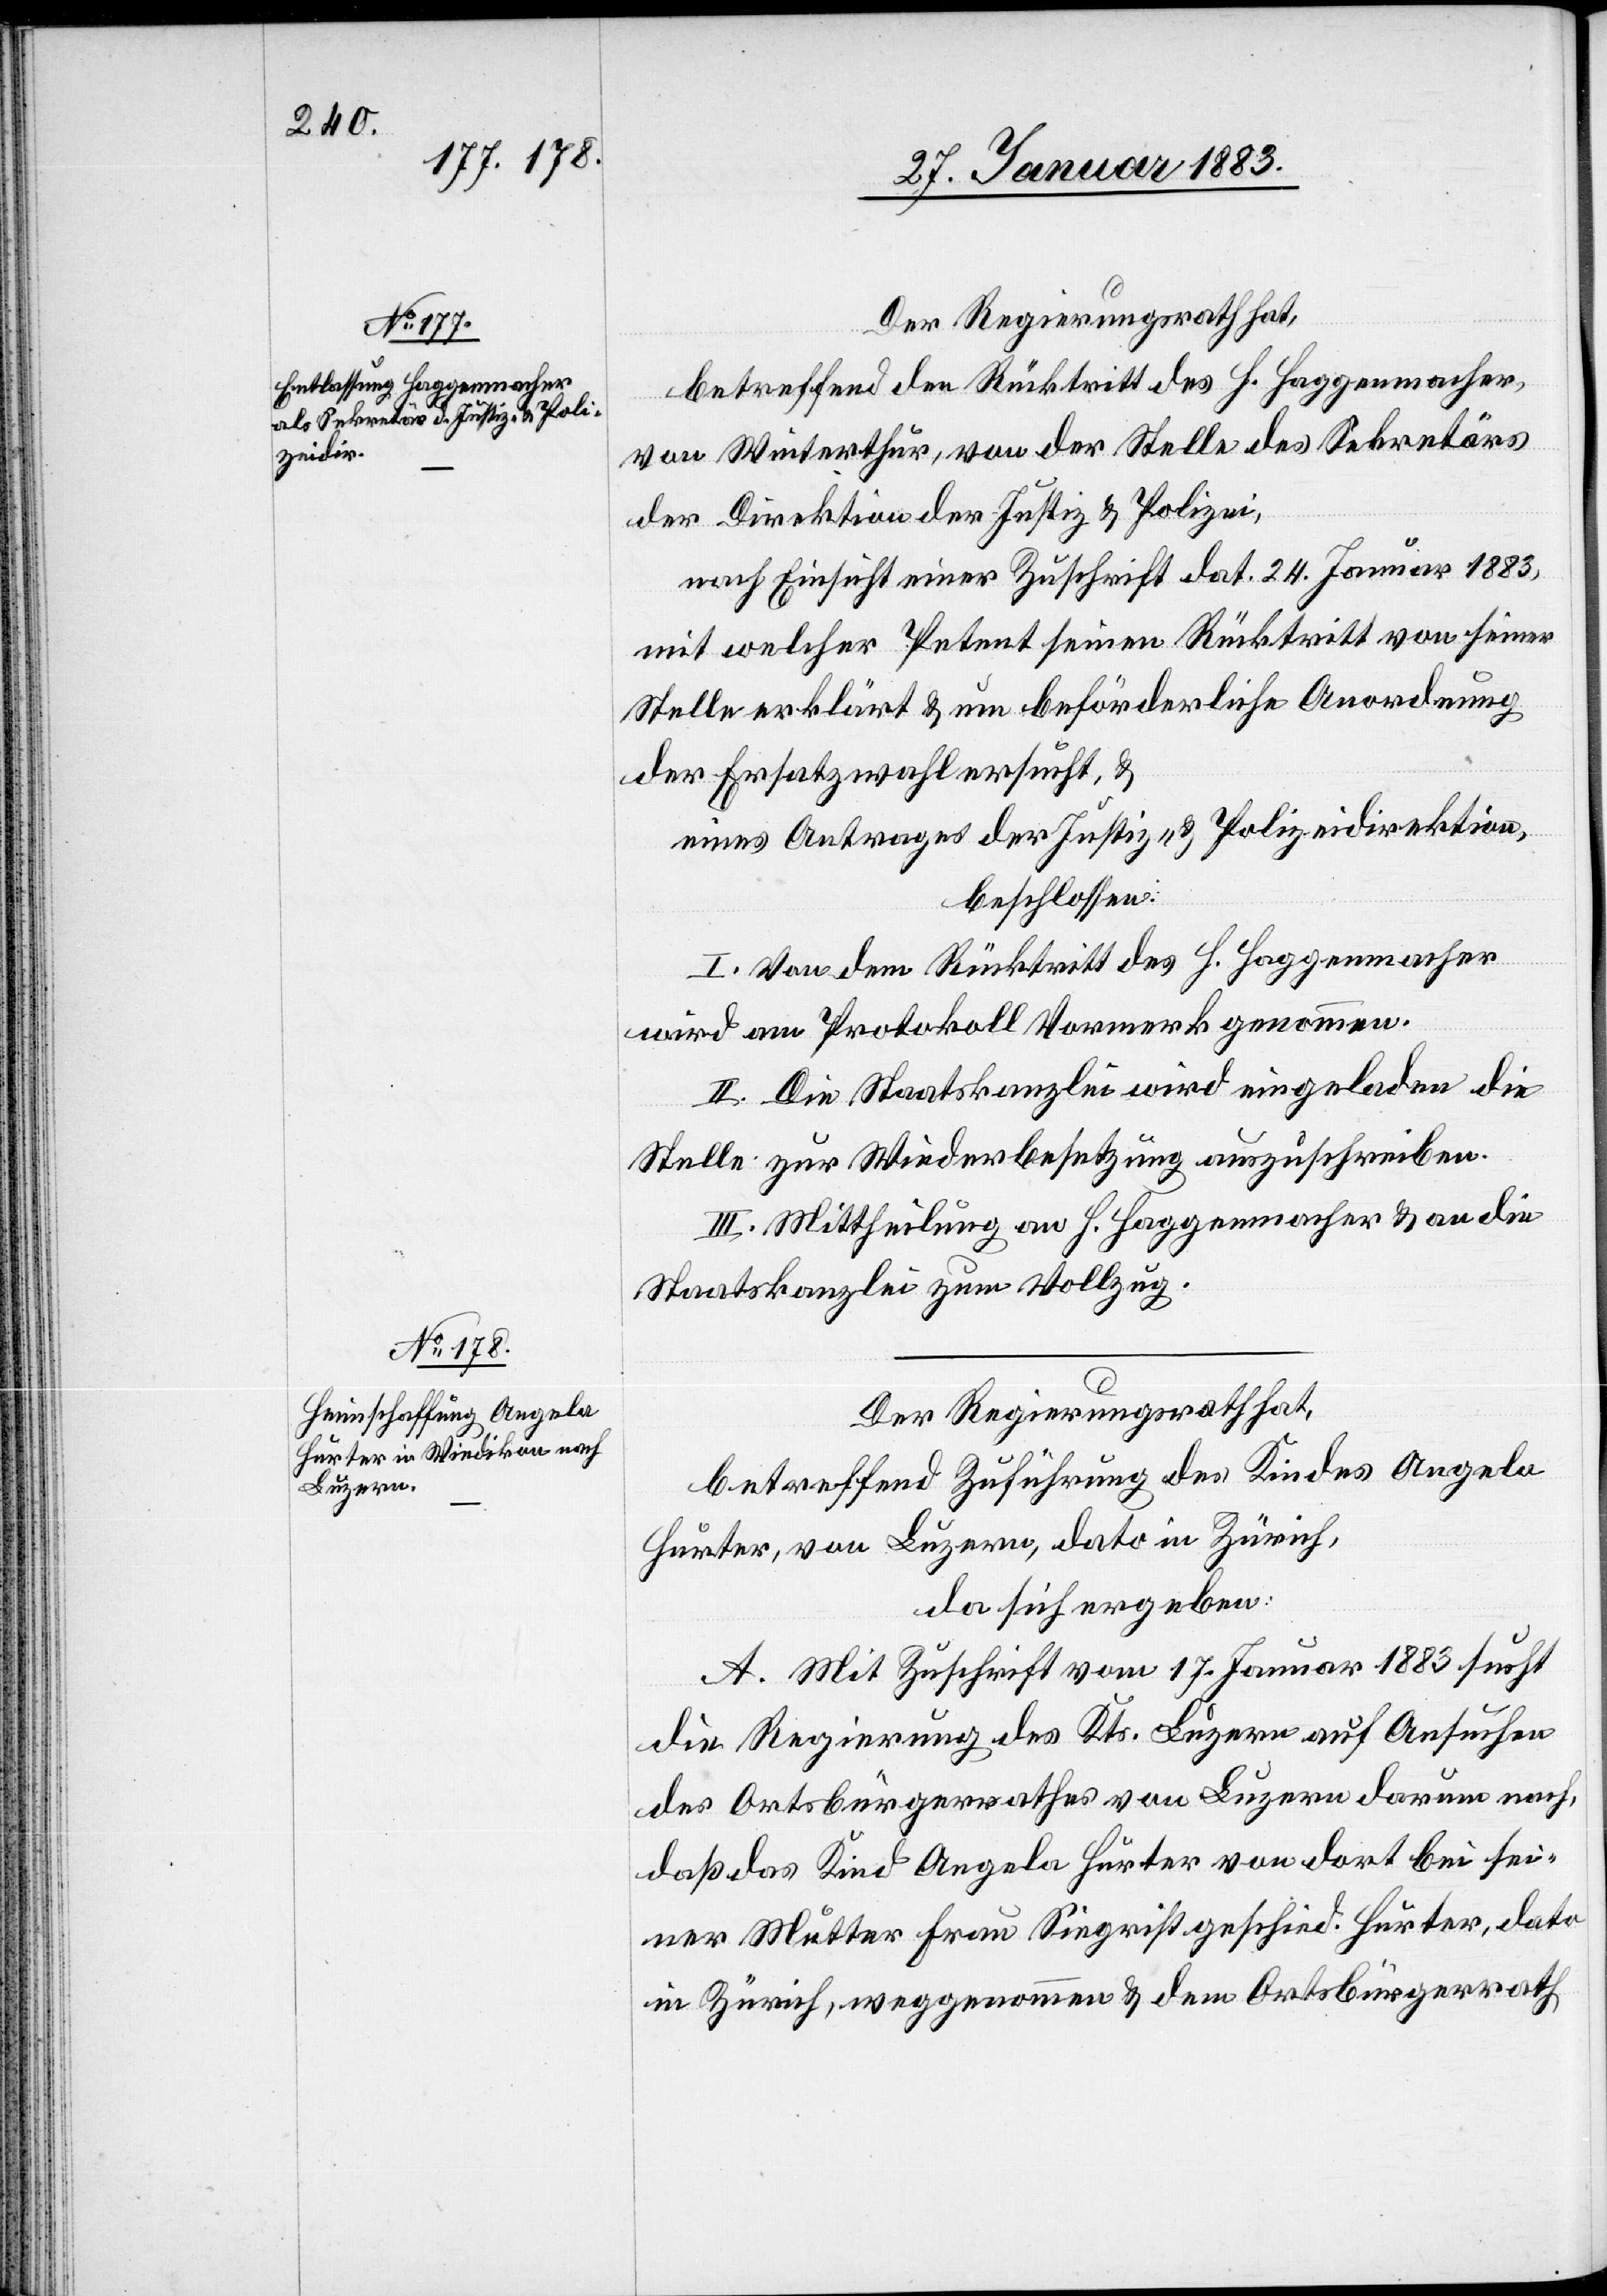
Der Regierungsrath hat,
betreffend den Rücktritt des H. Haggenmacher,
von Winterthur, von der Stelle des Sekretärs
der Direktion der Justiz & Polizei,
nach Einsicht einer Zuschrift dat. 24. Januar 1883,
mit welcher Petent seinen Rücktritt von seiner
Stelle erklärt & um beförderliche Anordnung
der Ersatzwahl ersucht, &
eines Antrages der Justiz- & Polizeidirektion,
beschlossen:
I. Von dem Rücktritt des H. Haggenmacher
wird am Protokoll Vormerk genommen.
II. Die Staatskanzlei wird eingeladen die
Stelle zur Wiederbesetzung auszuschreiben,
III. Mittheilung an H. Haggenmacher & an die
Staatskanzlei zum Vollzug.
Der Regierungsrath hat,
betreffend Zuführung des Kindes Angela
Hurter, von Luzern, dato in Zürich,
da sich ergeben:
A. Mit Zuschrift vom 17. Januar 1883 sucht
die Regierung des Kts. Luzern auf Ansuchen
des Ortsbürgerrathes von Luzern darum nach,
daß das Kind Angela Hurter von dort bei sei¬
ner Mutter Frau Siegrist geschied. Hurter, dato
in Zürich, weggenommen & dem Ortsbürgerrath